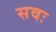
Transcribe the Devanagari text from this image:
सवः